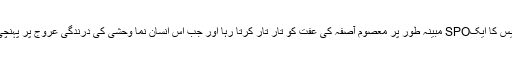
۱۰ سے ۱۷ جنوری کے اِن سات ایام میں دیپک کھجوریہ نامی جموں و کشمیر پولیس کا ایکSPO مبینہ طور پر معصوم آصفہ کی عفت کو تار تار کرتا رہا اور جب اِس انسان نما وحشی کی درندگی عروج پر پہنچی تو معصوم کلی کو موت کے گھاٹ اُتارکر اُس کی لاش کو جنگل میں پھینک دیا۔